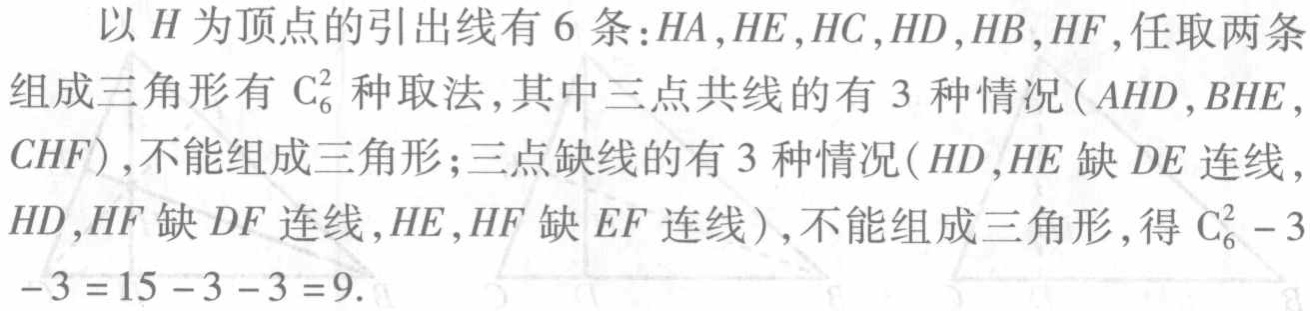
以\(H\)为顶点的引出线有\(6\)条：\(HA,HE,HC,HD,HB,HF\)，任取两条组成三角形有\(C_{6}^{2}\)种取法，其中三点共线的有\(3\)种情况（\(AHD,BHE,CHF\)），不能组成三角形；三点缺线的有\(3\)种情况（\(HD,HE\)缺\(DE\)连线，\(HD,HF\)缺\(DF\)连线，\(HE,HF\)缺\(EF\)连线），不能组成三角形，得\(C_{6}^{2}-3 - 3=15 - 3 - 3 = 9\)。